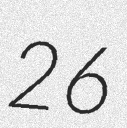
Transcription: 26